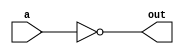
module oneNot (a, out);
	
	input a;
	output out;
	
	
	assign out = ~(a & a);

endmodule